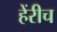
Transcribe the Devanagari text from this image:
हेंरीच